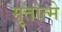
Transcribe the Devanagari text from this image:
मृतात्मे